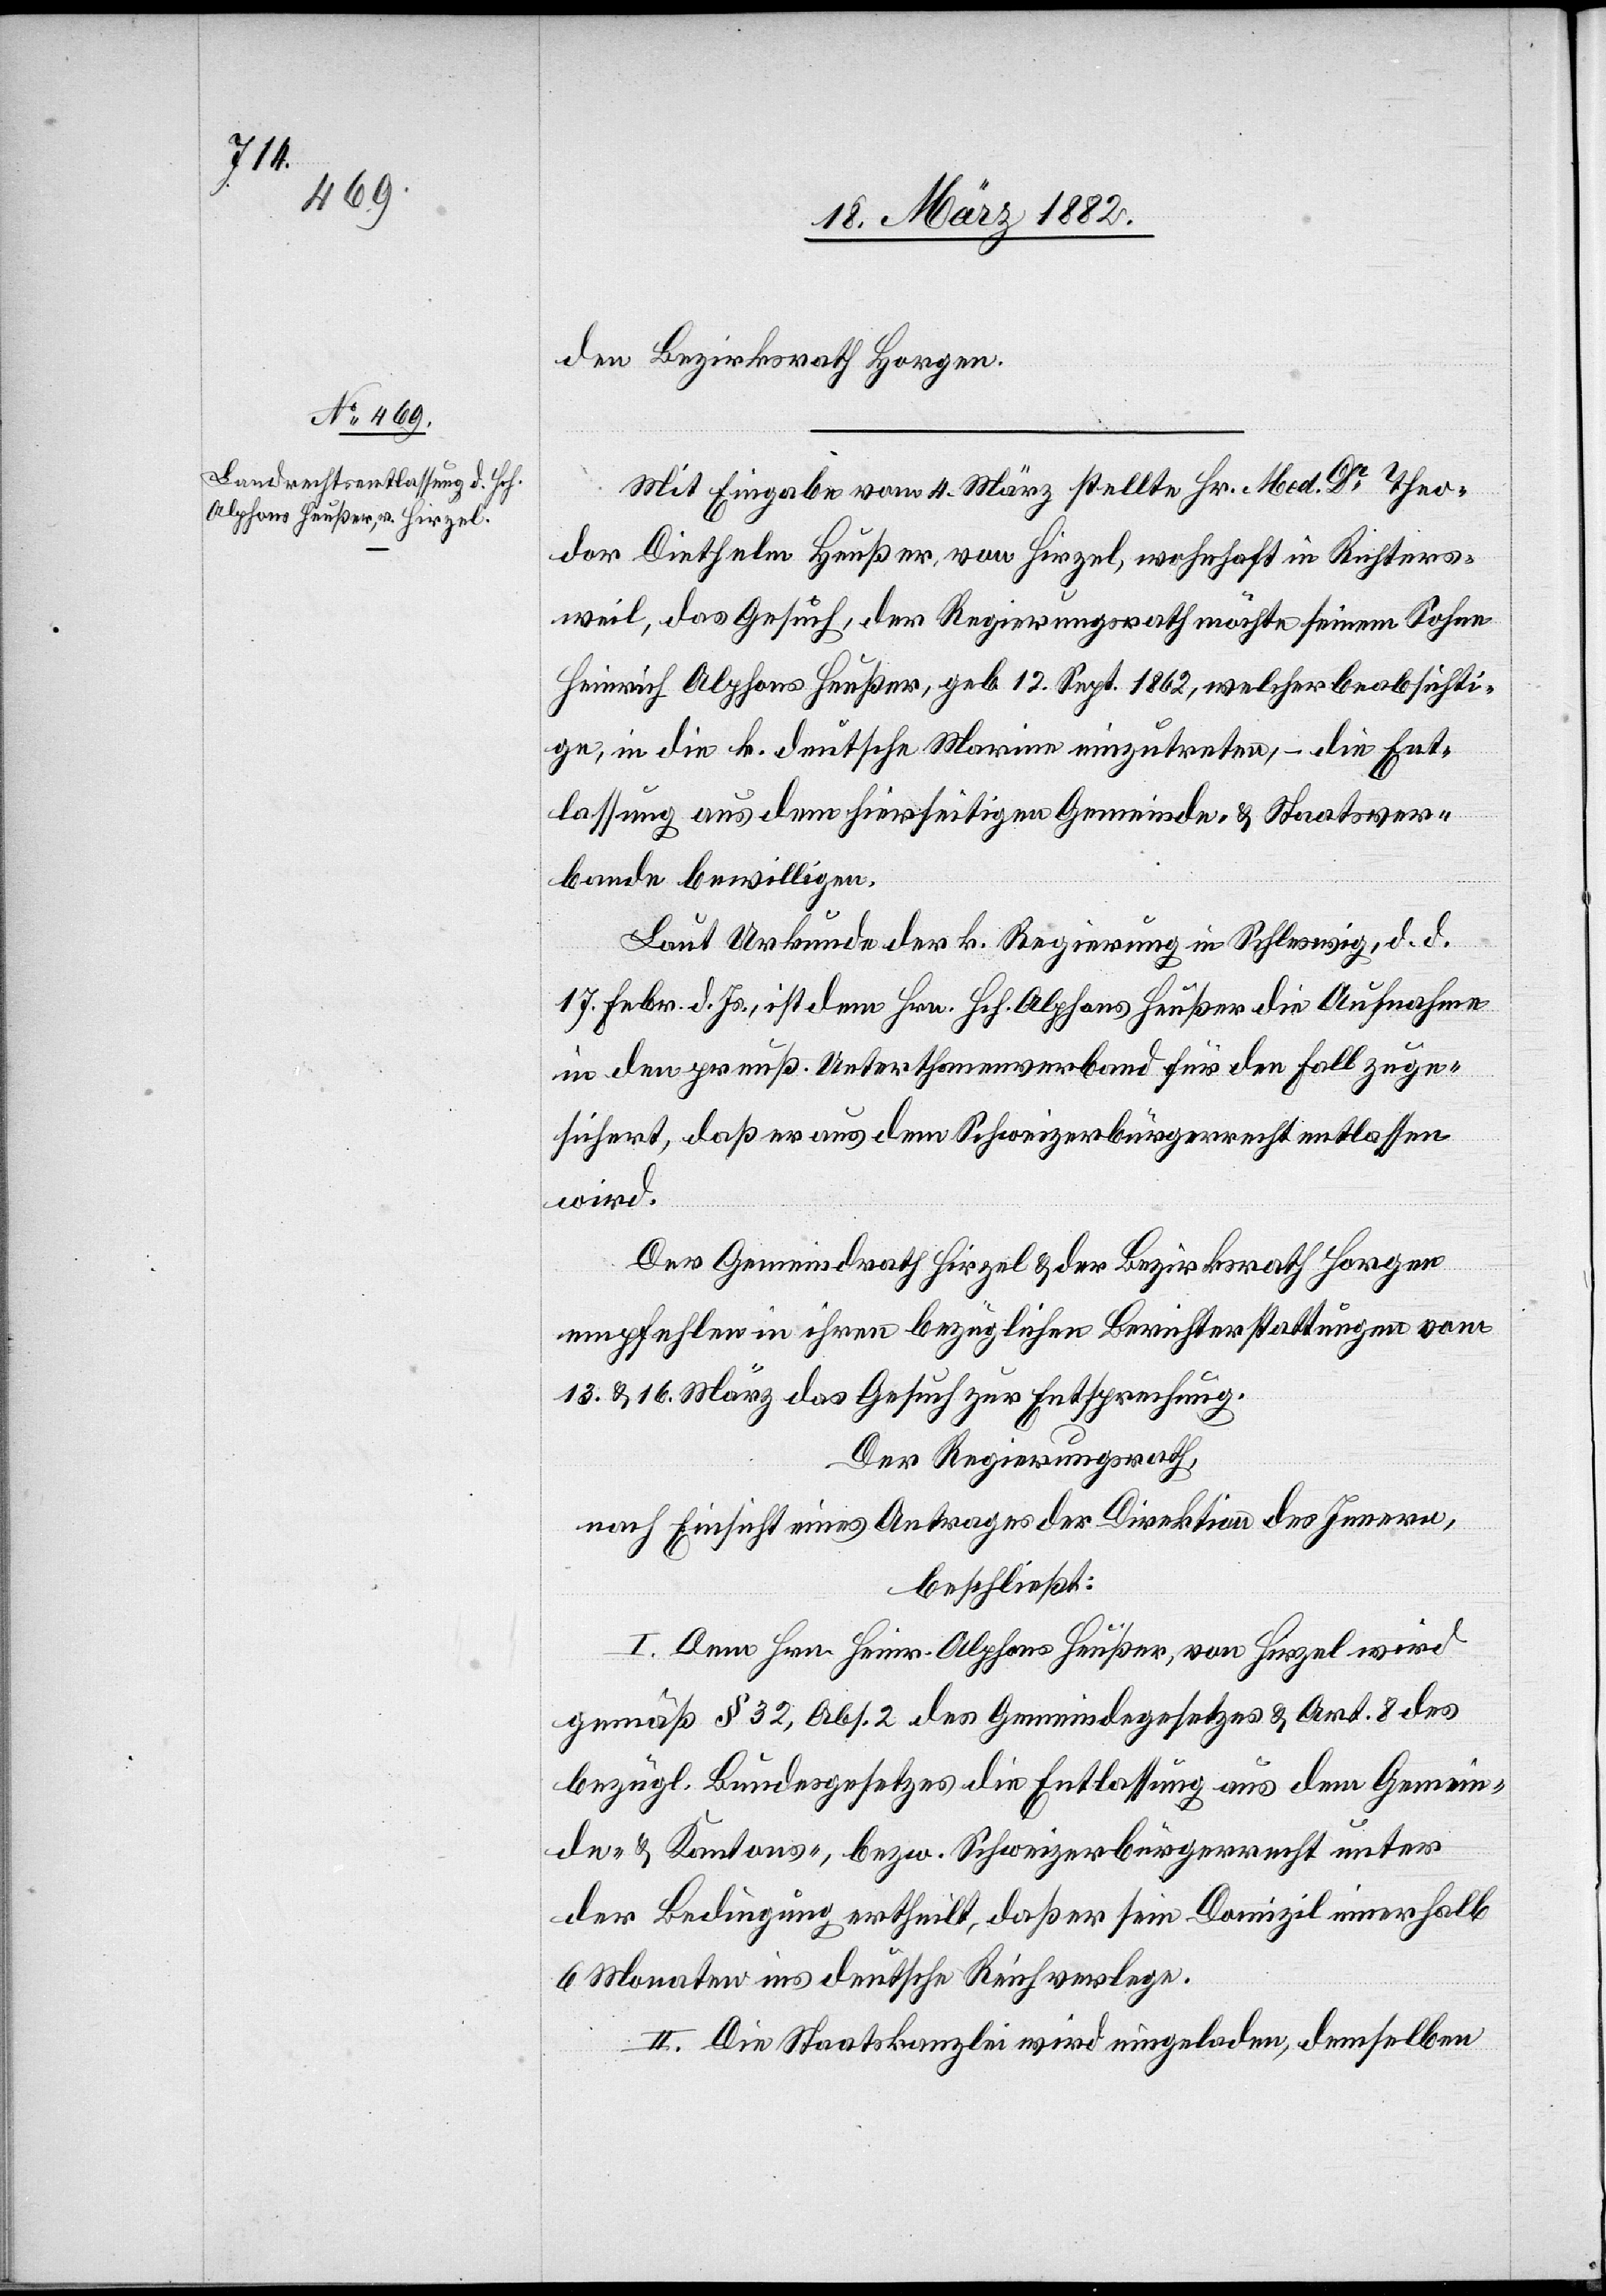
den Bezirksrath Horgen.
Mit Eingabe vom 4. März stellte Hr. Med. Dr Theo¬
dor Diethelm Heußer, von Hirzel, wohnhaft in Richters¬
weil, das Gesuch, der Regierungsrath möchte seinen Sohn
Heinrich Alphons Heußer, geb. 12 Sep. 1862, welcher beabsichti¬
ge, in die k. deutsche Marine einzutreten, – die Ent¬
lassung aus dem hierseitigen Gemeinde- & Staatsver¬
bande bewilligen.
Laut Urkunde der k. Regierung in Schleswig, d. d.
17. Febr. d. Js., ist dem Hrn. Hch. Alphons Heußer die Aufnahme
in den preuß. Unterthanenverband für den Fall zuge¬
sichert, daß er aus dem Schweizerbürgerrecht entlassen
wird.
Der Gemeindrath Hirzel & der Bezirksrath Horgen
empfehlen in ihren bezüglichen Berichterstattungen vom
13. & 16. März das Gesuch zur Entsprechung.
Der Regierungsrath,
nach Einsicht eines Antrages der Direktion des Innern
beschließt:
I. Dem Hrn. Heinr. Alphons Heußer, von Hirzel wird
gemäß § 32, Abs. 2 des Gemeindegesetzes & Art. 8 des
bezügl. Bundesgesetzes die Entlassung aus dem Gemein¬
de- & Kantons-, bezw. Schweizerbürgerrecht unter
der Bedingung ertheilt, daß er sein Domizil innerhalb
6 Monaten ins deutsche Reich verlege.
II. Die Staatskanzlei wird eingeladen, demselben